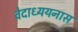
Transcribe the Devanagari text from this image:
वेदाध्ययनास